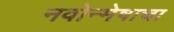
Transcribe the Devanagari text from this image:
नवोन्मेषाचा